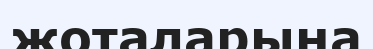
жоталарына